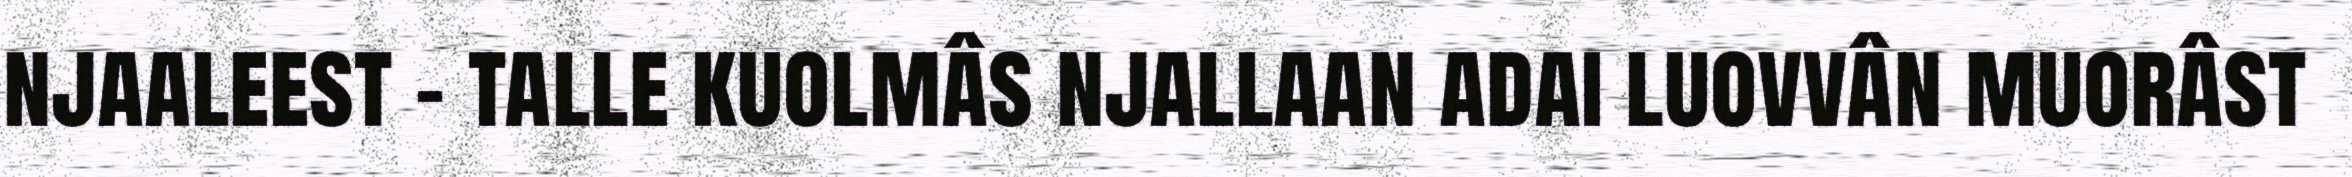
njaaleest – talle kuolmâs njallaan adai luovvân muorâst